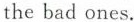
the bad ones.